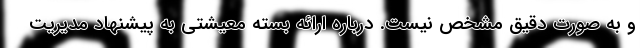
و به صورت دقیق مشخص نیست. درباره ارائه بسته معیشتی به پیشنهاد مدیریت